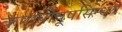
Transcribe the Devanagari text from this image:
कृपापीयूषसिन्धवे